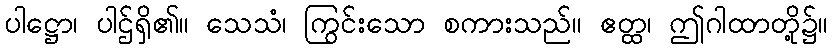
ပါဋ္ဌော၊ ပါဌ်ရှိ၏။ သေသံ၊ ကြွင်းသော စကားသည်။ ဧတ္ထ၊ ဤဂါထာတို့၌။